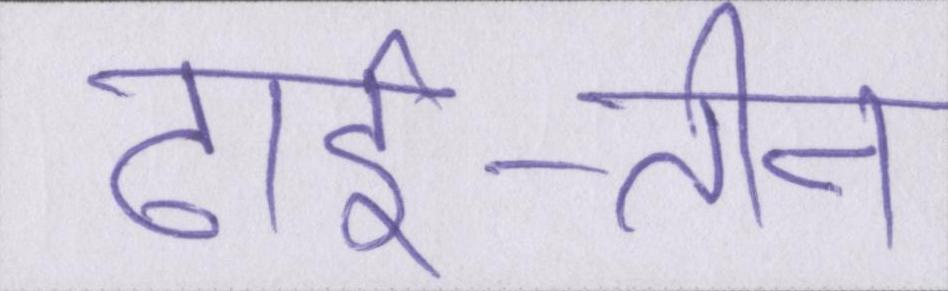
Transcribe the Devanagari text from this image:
ढाई-तीन